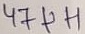
Text: 47µH